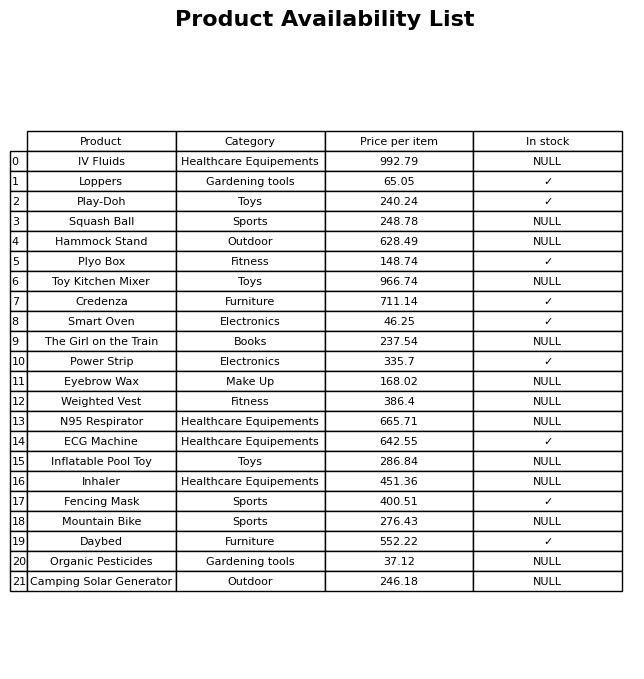
question: What is the price for N95 Respirator?
answer: The price of N95 Respirator is 665.71.